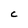
Character: C